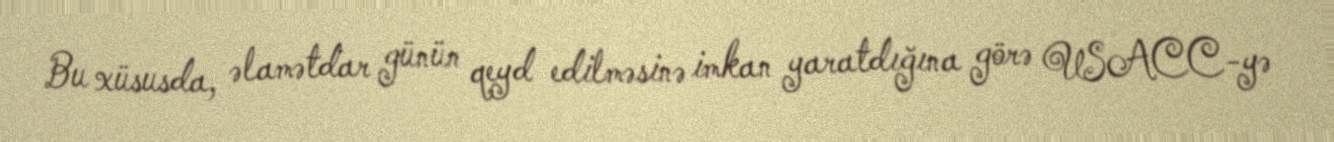
Bu xüsusda, əlamətdar günün qeyd edilməsinə imkan yaratdığına görə USACC-yə